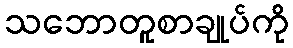
သဘောတူစာချုပ်ကို